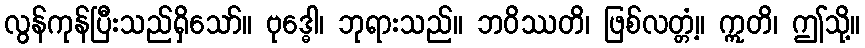
လွန်ကုန်ပြီးသည်ရှိသော်။ ဗုဒ္ဓေါ၊ ဘုရားသည်။ ဘဝိဿတိ၊ ဖြစ်လတ္တံ့။ ဣတိ၊ ဤသို့။